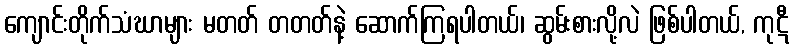
ကျောင်းတိုက်သံဃာများ မတတ် တတတ်နဲ့ ဆောက်ကြရပါတယ်၊ ဆွမ်းစားလို့လဲ ဖြစ်ပါတယ်, ကုဋီ